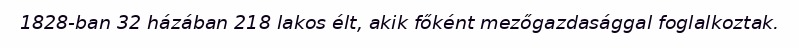
1828-ban 32 házában 218 lakos élt, akik főként mezőgazdasággal foglalkoztak.